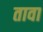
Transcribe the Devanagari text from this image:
तावा